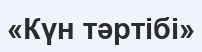
«Күн тәртібі»